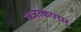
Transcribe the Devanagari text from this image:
राजांकणम्